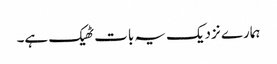
ہمارے نزدیک یہ بات ٹھیک ہے۔